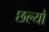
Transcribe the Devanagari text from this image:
छल्‍यो